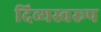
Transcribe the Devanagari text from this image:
दिव्यस्वरूप